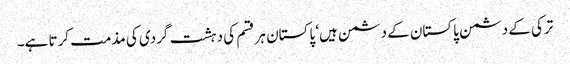
ترکی کے دشمن پاکستان کے دشمن ہیں‘ پاکستان ہر قسم کی دہشت گردی کی مذمت کرتا ہے۔